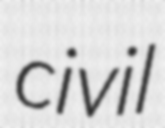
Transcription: civil